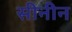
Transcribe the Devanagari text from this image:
सीनीन